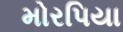
મોરપિયા